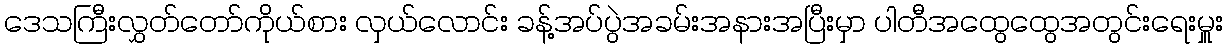
ဒေသကြီးလွှတ်တော်ကိုယ်စား လှယ်လောင်း ခန့်အပ်ပွဲအခမ်းအနားအပြီးမှာ ပါတီအထွေထွေအတွင်းရေးမှူး